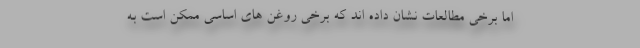
اما برخی مطالعات نشان داده اند که برخی روغن های اساسی ممکن است به